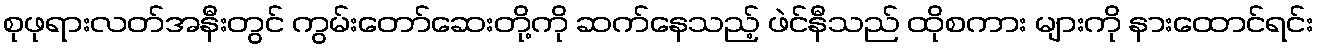
စုဖုရားလတ်အနီးတွင် ကွမ်းတော်ဆေးတို့ကို ဆက်နေသည့် ဖဲင်နီသည် ထိုစကား များကို နားထောင်ရင်း